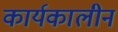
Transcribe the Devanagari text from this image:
कार्यकालीन